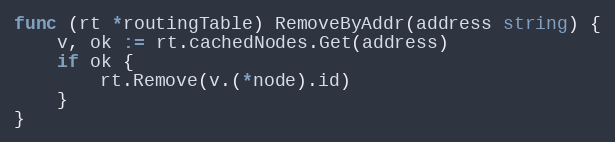
Language: Go
func (rt *routingTable) RemoveByAddr(address string) {
	v, ok := rt.cachedNodes.Get(address)
	if ok {
		rt.Remove(v.(*node).id)
	}
}